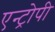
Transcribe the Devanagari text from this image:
एन्ट्रोपी